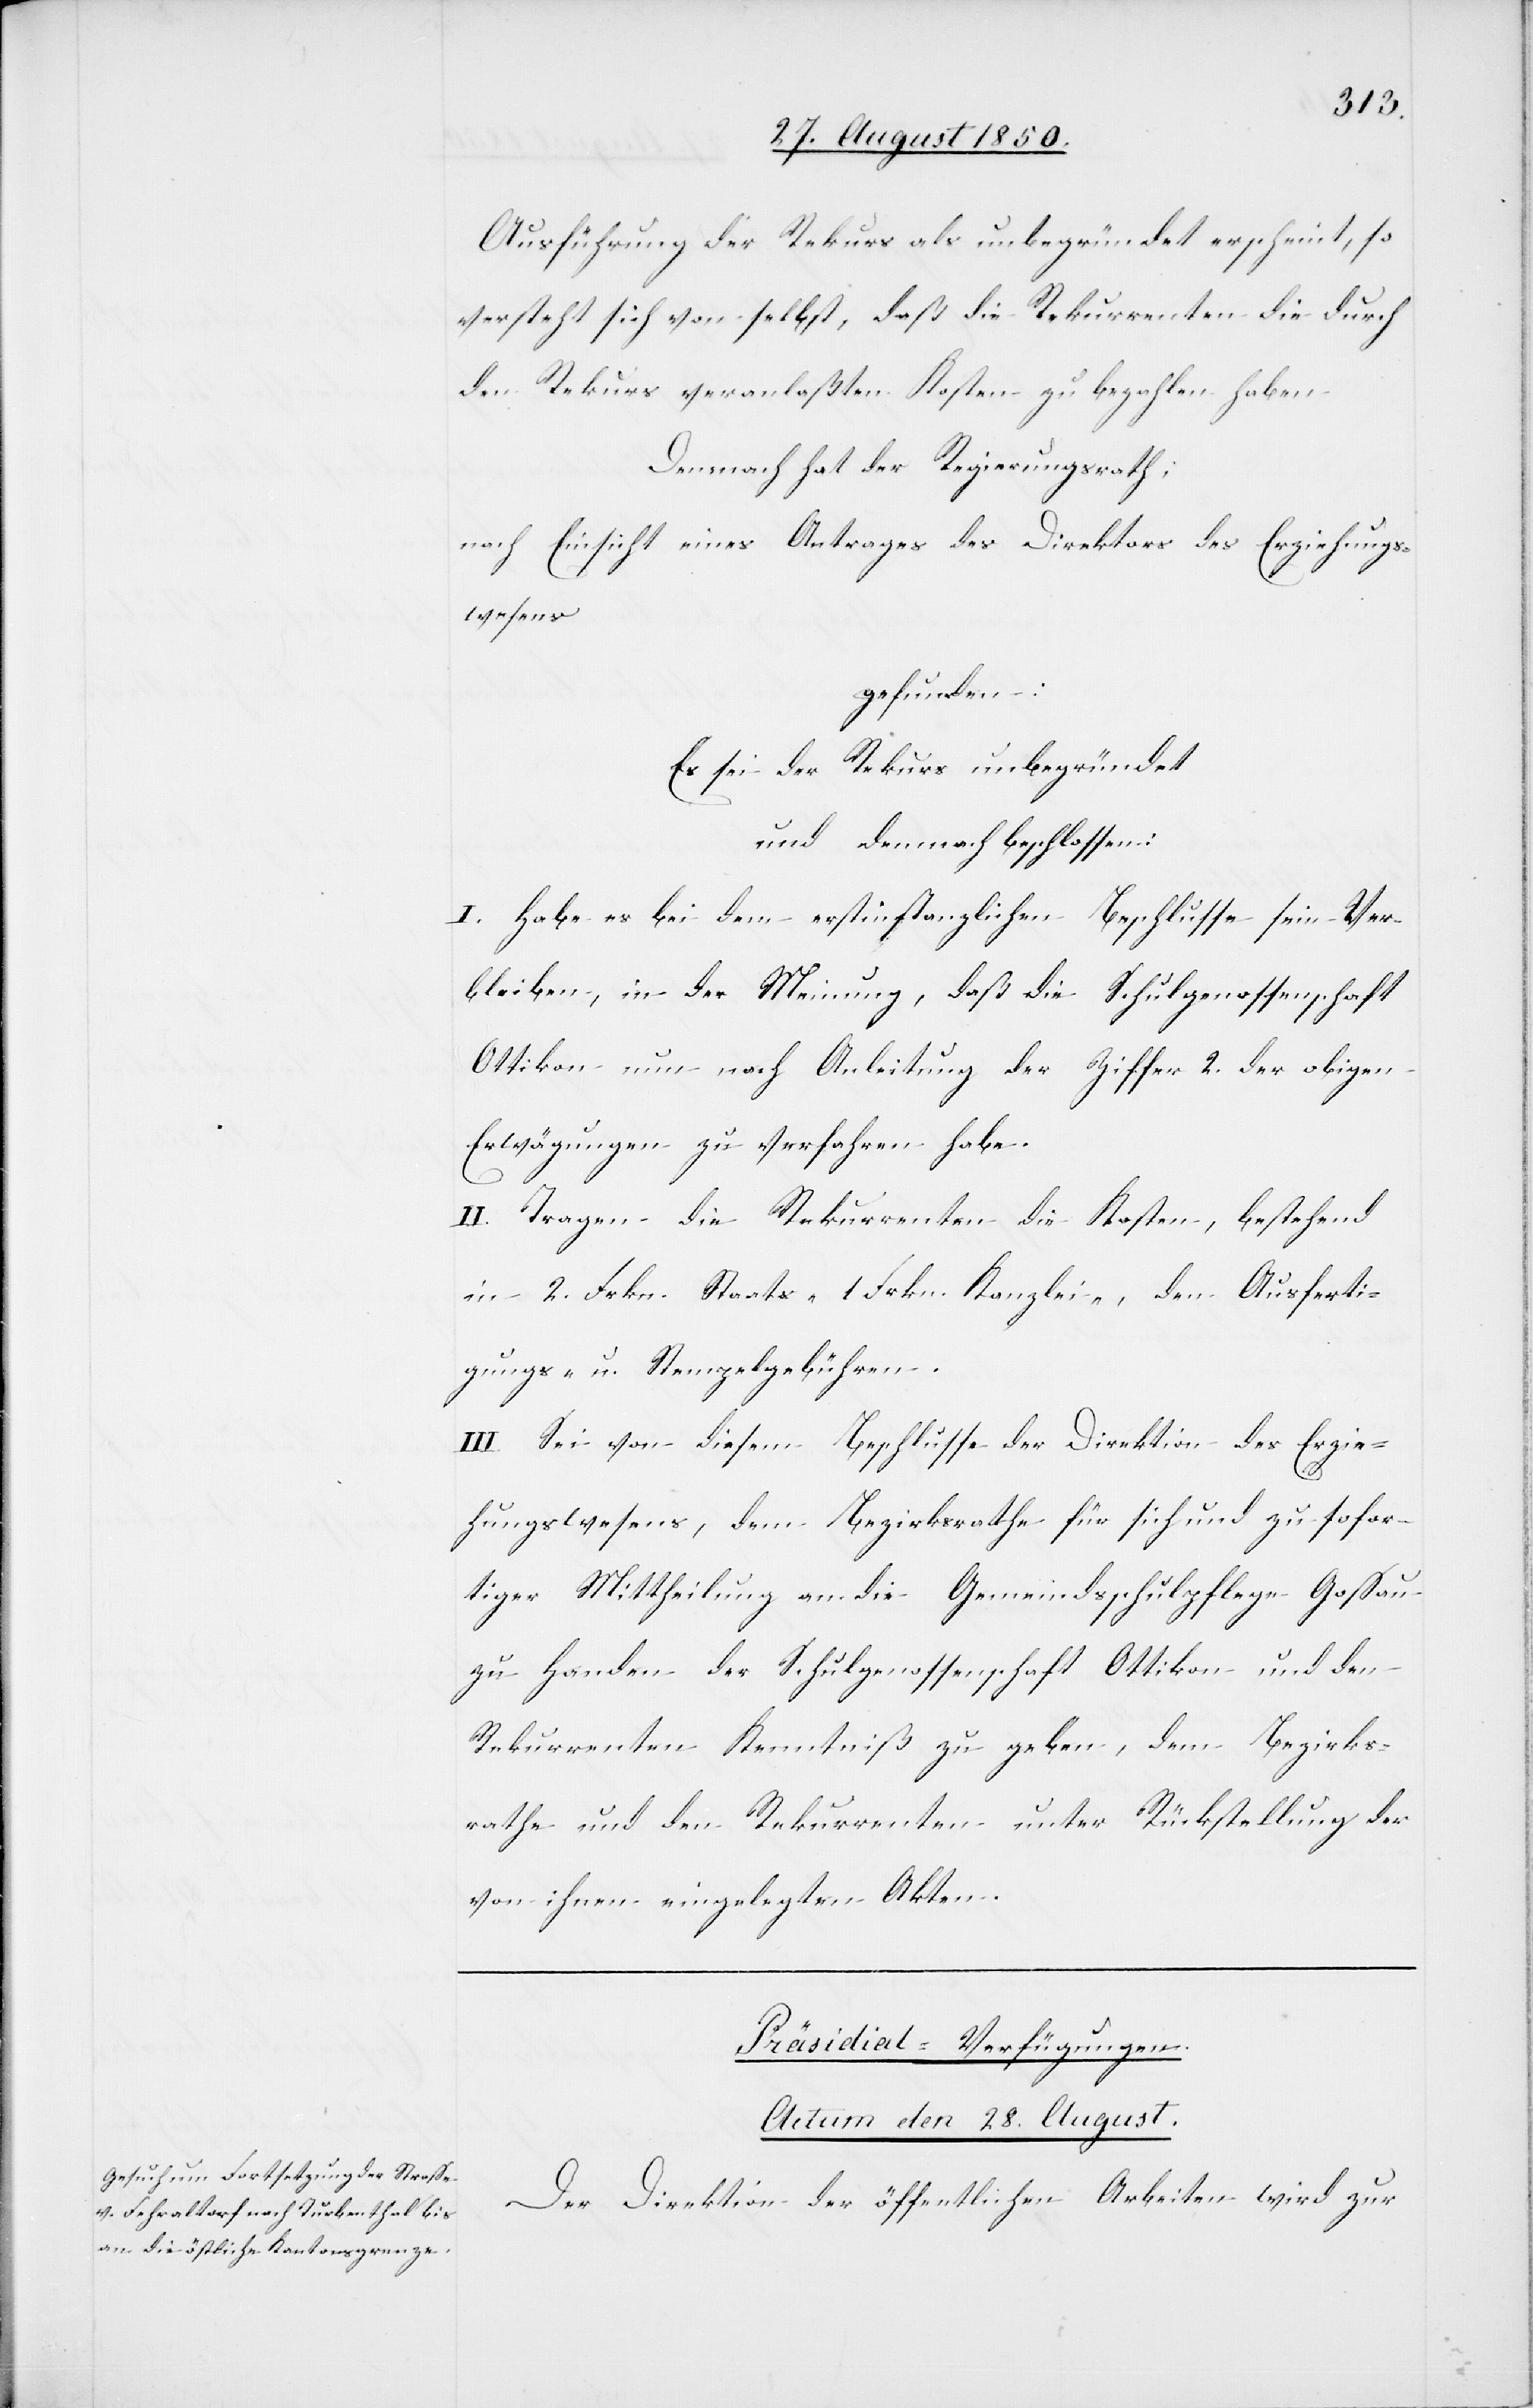
Ausführung der Rekurs als unbegründet erscheint, so
versteht sich von selbst, daß die Rekurrenten die durch
den Rekurs veranlaßten Kosten zu bezahlen haben.
Demnach hat der Regierungsrath;
nach Einsicht eines Antrages des Direktors des Erziehungs¬
wesens
gefunden:
Es sei der Rekurs unbegründet
und demnach beschlossen:
I. Habe es bei dem erstinstanzlichen Beschlusse sein Ver¬
bleiben, in der Meinung, daß die Schulgenossenschaft
Ottikon nun nach Anleitung der Ziffer 2. der obigen
Erwägungen zu verfahren habe.
II. Tragen die Rekurrenten die Kosten, bestehend
in 2. Frkn. Staats- 1. Frkn. Kanzlei-, den Ausferti¬
gungs- u. Stempelgebühren.
III. Sei von diesem Beschlusse der Direktion des Erzie¬
hungswesens, dem Bezirksrathe für sich und zu sofor¬
tiger Mittheilung an die Gemeindsschulpflege Gossau
zu Handen der Schulgenossenschaft Ottikon und den
Rekurrenten Kenntniß zu geben, dem Bezirks¬
rathe und den Rekurrenten unter Rückstellung der
von ihnen eingelegten Akten.
Präsidial-Verfügungen.
Actum den 28. August.
Der Direktion der öffentlichen Arbeiten wird zur